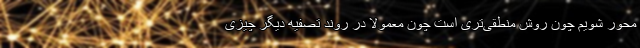
محور شویم چون روش منطقی‌تری است چون معمولا در روند تصفیه دیگر چیزی